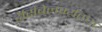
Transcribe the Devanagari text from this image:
डेसिबेलपर्यंतचा